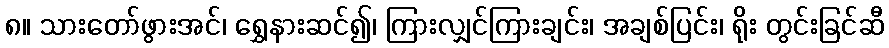
၈။ သားတော်ဖွားအင်၊ ရွှေနားဆင်၍၊ ကြားလျှင်ကြားချင်း၊ အချစ်ပြင်း၊ ရိုး တွင်းခြင်ဆီ